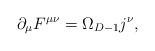
LaTeX: \begin{align*}\partial _{\mu }F^{\mu \nu }=\Omega _{D-1}j^{\nu }, \end{align*}